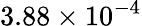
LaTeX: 3.88\times 10^{-4}